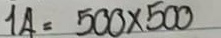
14 = 500 x 500